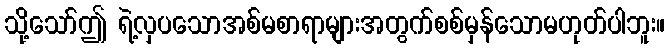
သို့သော်ဤ ရဲ့လှပသောအစ်မစာရာများအတွက်စစ်မှန်သောမဟုတ်ပါဘူး။